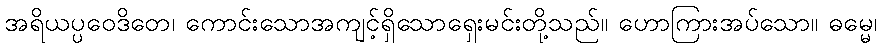
အရိယပ္ပဝေဒိတေ၊ ကောင်းသောအကျင့်ရှိသောရှေးမင်းတို့သည်။ ဟောကြားအပ်သော။ ဓမ္မေ၊